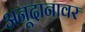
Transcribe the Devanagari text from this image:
अनूदानावर